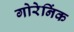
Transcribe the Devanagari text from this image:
गोरेनिंक